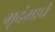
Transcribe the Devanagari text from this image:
मृदंगाचे